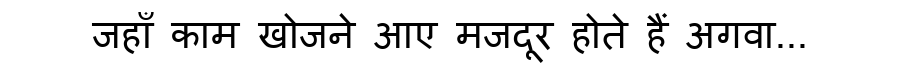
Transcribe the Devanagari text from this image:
जहाँ काम खोजने आए मजदूर होते हैं अगवा...